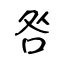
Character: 咎